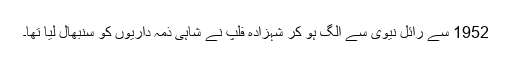
1952 سے رائل نیوی سے الگ ہو کر شہزادہ فلپ نے شاہی ذمہ داریوں کو سنبھال لیا تھا۔